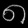
Digit: ၈